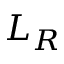
L _ { R }